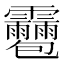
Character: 𩇌